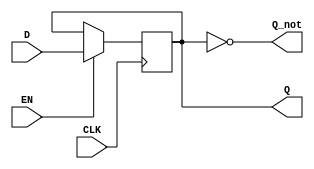
module edge_triggered_gated_latch (
    input wire D,            // Data input
    input wire EN,          // Enable signal
    input wire CLK,         // Clock signal
    output reg Q,           // Output
    output wire Q_not       // Complement of output
);

// Assigning the complement of Q to Q_not
assign Q_not = ~Q;

// Always block triggered on the clock's rising edge
always @(posedge CLK) begin
    if (EN) begin
        Q <= D;           // Capture D when EN is high on the clock edge
    end
    // If EN is low, Q retains its previous value
end

endmodule